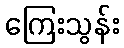
ကြေးသွန်း